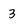
Character: 3